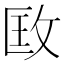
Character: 𢼳